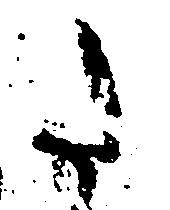
た